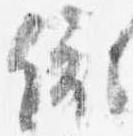
依